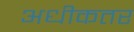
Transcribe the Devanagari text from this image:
अधीकतर